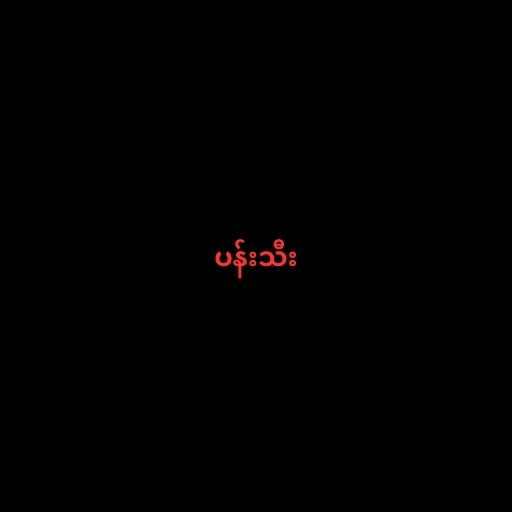
ပန်းသီး